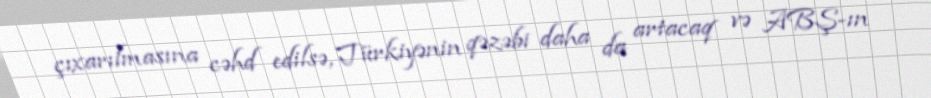
çıxarılmasına cəhd edilsə, Türkiyənin qəzəbi daha da artacaq və ABŞ-ın